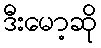
ဒီးမော့ဆို